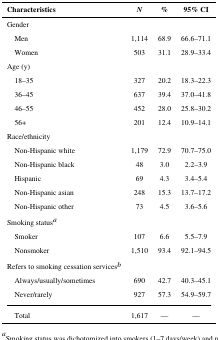
<table><thead><tr><td><b>Characteristics</b></td><td><b><i>N</i></b></td><td><b>%</b></td><td><b>95% CI</b></td></tr></thead><tbody><tr><td colspan="4">Gender</td></tr><tr><td> Men</td><td>1,114</td><td>68.9</td><td>66.6–71.1</td></tr><tr><td> Women</td><td>503</td><td>31.1</td><td>28.9–33.4</td></tr><tr><td colspan="4">Age (y)</td></tr><tr><td> 18–35</td><td>327</td><td>20.2</td><td>18.3–22.3</td></tr><tr><td> 36–45</td><td>637</td><td>39.4</td><td>37.0–41.8</td></tr><tr><td> 46–55</td><td>452</td><td>28.0</td><td>25.8–30.2</td></tr><tr><td> 56+</td><td>201</td><td>12.4</td><td>10.9–14.1</td></tr><tr><td colspan="4">Race/ethnicity</td></tr><tr><td> Non-Hispanic white</td><td>1,179</td><td>72.9</td><td>70.7–75.0</td></tr><tr><td> Non-Hispanic black</td><td>48</td><td>3.0</td><td>2.2–3.9</td></tr><tr><td> Hispanic</td><td>69</td><td>4.3</td><td>3.4–5.4</td></tr><tr><td> Non-Hispanic asian</td><td>248</td><td>15.3</td><td>13.7–17.2</td></tr><tr><td> Non-Hispanic other</td><td>73</td><td>4.5</td><td>3.6–5.6</td></tr><tr><td colspan="4">Smoking statusa</td></tr><tr><td> Smoker</td><td>107</td><td>6.6</td><td>5.5–7.9</td></tr><tr><td> Nonsmoker</td><td>1,510</td><td>93.4</td><td>92.1–94.5</td></tr><tr><td>Refers to smoking cessation servicesb</td><td></td><td></td><td></td></tr><tr><td> Always/usually/sometimes</td><td>690</td><td>42.7</td><td>40.3–45.1</td></tr><tr><td> Never/rarely</td><td>927</td><td>57.3</td><td>54.9–59.7</td></tr><tr><td> Total</td><td>1,617</td><td>—</td><td>—</td></tr></tbody></table>